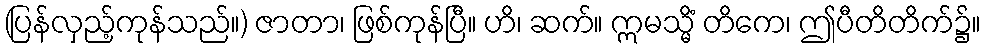
(ပြန်လှည့်ကုန်သည်။) ဇာတာ၊ ဖြစ်ကုန်ပြီ။ ဟိ၊ ဆက်။ ဣမသ္မိံ တိကေ၊ ဤပီတိတိက်၌။